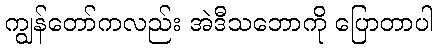
ကျွန်တော်ကလည်း အဲဒီသဘောကို ပြောတာပါ